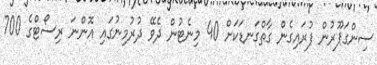
ސިންގަޕޫރުން ފުރައިގެން ގާތްގަނޑަކަށް 40 މިނެޓުން ދެވޭ ދުރުމިނުގައި އޮންނަ ރިސޯޓްގެ 700